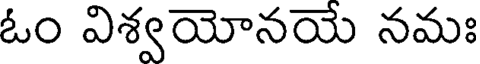
ఓం విశ్వయోనయే నమః